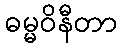
ဓမ္မဝိနီတာ